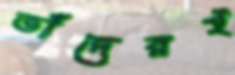
তাঁদেরই